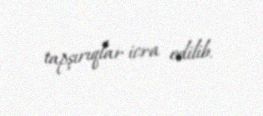
tapşırıqlar icra edilib.